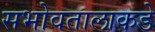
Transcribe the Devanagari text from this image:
सभोवतालाकडे